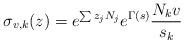
LaTeX: \begin{align*}\sigma_{v,k}(z) = e^{\sum z_j N_j} e^{\Gamma(s)} \frac{N_k v}{s_k}\end{align*}